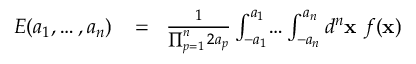
\begin{array} { r l r } { E ( a _ { 1 } , \dots , a _ { n } ) } & { { } \! = \! } & { { \frac { 1 } { \prod _ { p = 1 } ^ { n } 2 a _ { p } } } \int _ { - a _ { 1 } } ^ { a _ { 1 } } \! \dots \int _ { - a _ { n } } ^ { a _ { n } } d ^ { n } { \bf x } \ f ( { \bf x } ) } \end{array}